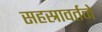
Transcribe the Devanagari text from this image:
सहस्रावर्तने